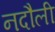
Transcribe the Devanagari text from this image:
नदौली